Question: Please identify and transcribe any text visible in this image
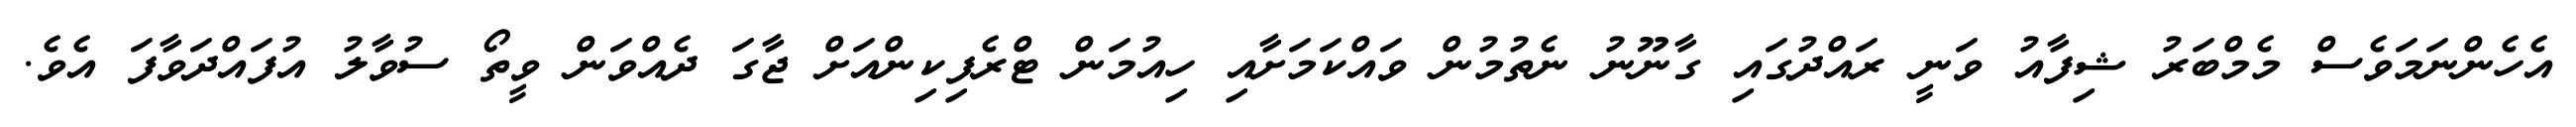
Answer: އެހެންނަމަވެސް މެމްބަރު ޝިފާއު ވަނީ ރައްދުގައި ގާނޫނު ނެތުމުން ވައްކަމަށާއި ހިއުމަން ޓްރެފިކިންއަށް ޖާގަ ދެއްވަން ވީތޯ ސުވާލު އުފައްދަވާފަ އެވެ.